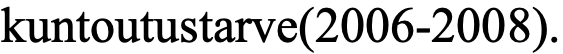
kuntoutustarve(2006-2008).